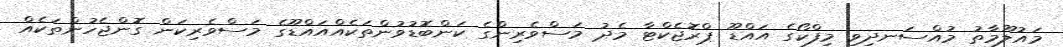
މައުލޫމާތު މުއްސަނދިވި މިފްކޯގެ އައްޑޫ ޕްރޮޖެކްޓާ މެދު މަސްވެރިންގެ ކަންބޮޑުވުންތަކެއްއައްޑޫގެ މަސްވެރިކަން ގޮންޖެހުންތަކެއް